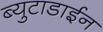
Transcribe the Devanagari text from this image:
ब्युटाडाईन